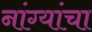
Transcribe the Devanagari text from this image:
नांग्यांचा